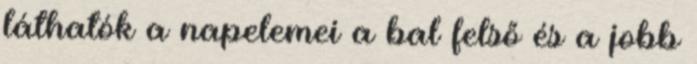
láthatók a napelemei a bal felső és a jobb